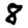
Digit: 8